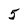
Character: 5